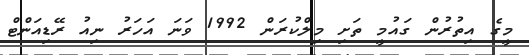
މީގެ އިތުރުން ގައުމީ ތަށި މިލްކުރަން 1992 ވަނަ އަހަރު ނިއު ރޭޑިއަންޓް